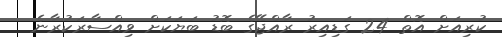
ކުރިއަށް އޮތް 24 ގަޑިއިރު ރާއްޖޭގެ ބޮޑު ބަޔަކަށް ވިއްސާރަކުރާނެ